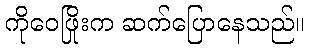
ကိုဝေဖြိုးက ဆက်ပြောနေသည်။